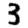
Digit: 3